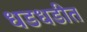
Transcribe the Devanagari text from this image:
धडधडीत